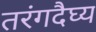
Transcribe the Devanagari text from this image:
तरंगदैघ्य